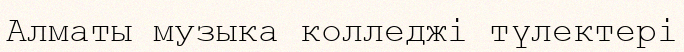
Алматы музыка колледжі түлектері